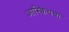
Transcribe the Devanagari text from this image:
आस्क्विथचा